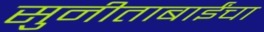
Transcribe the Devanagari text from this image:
सुनीताबाईंचा